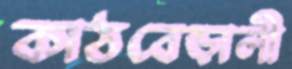
কাঠবেড়ালী